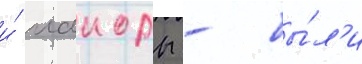
и́ маиоры - бы́л'и